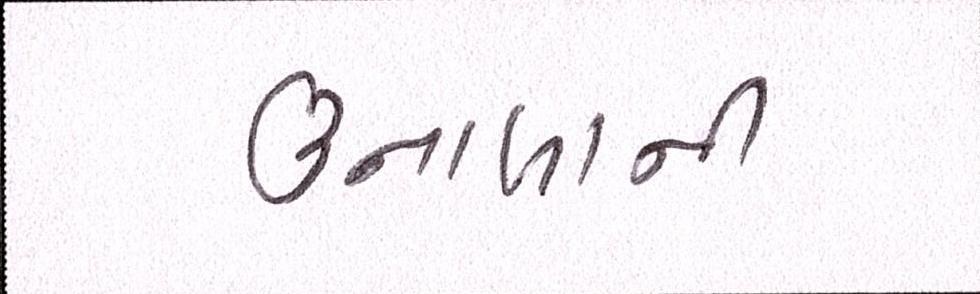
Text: ઉનાળાની